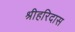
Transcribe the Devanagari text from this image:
श्रीहरिदास